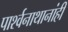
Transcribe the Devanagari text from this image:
पार्श्वनाथानांही